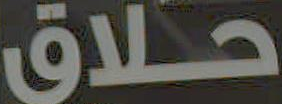
حلاق